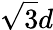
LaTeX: \sqrt{3}d